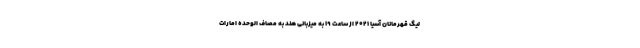
لیگ قهرمانان آسیا 2021 از ساعت 19 به میزبانی هند به مصاف الوحده امارات